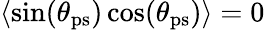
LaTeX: \langle\sin(\theta_{\mathrm{ps}})\cos(\theta_{\mathrm{ps}})\rangle=0